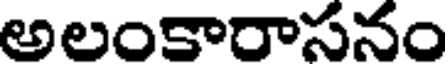
అలంకారాసనం